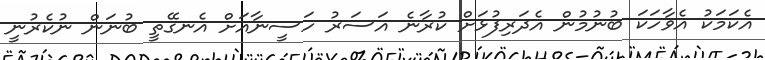
އެކަމަކު އެވާހަކަ ބުނުމުން އެދަރިފުޅަށް ކުރާނެ އަސަރު ހަސީނާއަށް އެނގޭތީ ބުނަން ނުކެރުނީ